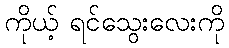
ကိုယ့် ရင်သွေးလေးကို